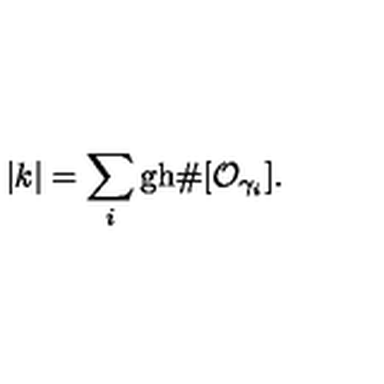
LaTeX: | k | = \sum _ { i } \mathrm { g h } \# [ { \cal O } _ { \gamma _ { i } } ] .